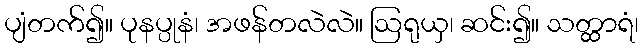
ပျံတက်၍။ ပုနပ္ပုနံ၊ အဖန်တလဲလဲ။ ဩရုယှ၊ ဆင်း၍။ သတ္ထာရံ၊